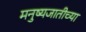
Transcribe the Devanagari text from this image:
मनुष्यजातीच्या